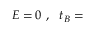
E = 0 ~ , ~ ~ t _ { B } =